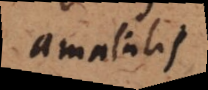
amabilis